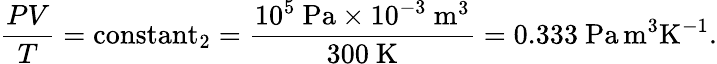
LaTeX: {\frac{PV}{T}}=\operatorname{constant}_{2}={\frac{10^{5}~{\mathrm{Pa}}\times 10^{-3}~{\mathrm{m}}^{3}}{300~{\mathrm{K}}}}=0.333~{\mathrm{Pa}}\, {\mathrm{m}}^{3}{\mathrm{K}}^{-1}.